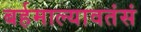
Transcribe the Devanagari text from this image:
बर्हमाल्यावतंसं